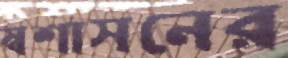
স্বশাসনের